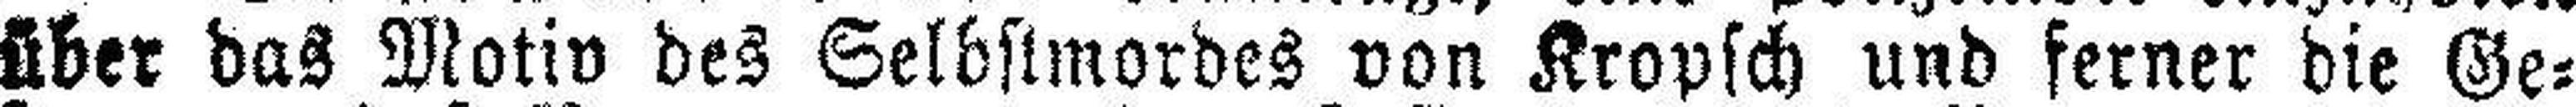
über das Motiv des Selbstmordes von Kropsch und ferner die Ge¬